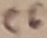
Text: C6